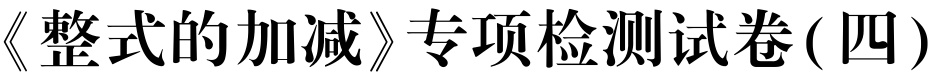
《整式的加减》专项检测试卷(四)